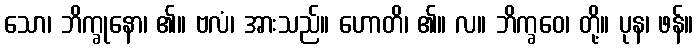
သော၊ ဘိက္ခုနော၊ ၏။ ဗလံ၊ အားသည်။ ဟောတိ၊ ၏။ လ။ ဘိက္ခဝေ၊ တို့။ ပုန၊ ဖန်။